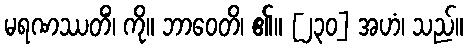
မရဏဿတိံ၊ ကို။ ဘာဝေတိ၊ ၏။ [၂၃၀] အဟံ၊ သည်။